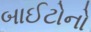
બાઈટોનો